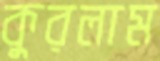
কুরলাম